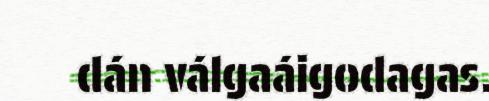
dán válgaáigodagas.